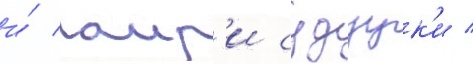
и́ аир'и судзук'и /